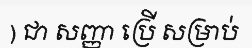
) ជា សញ្ញា ប្រើ សម្រាប់